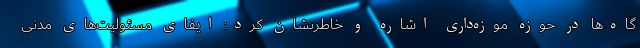
گاه‌ها در حوزه موزه‌داری اشاره و خاطرنشان کرد: ایفای مسئولیت‌های مدنی